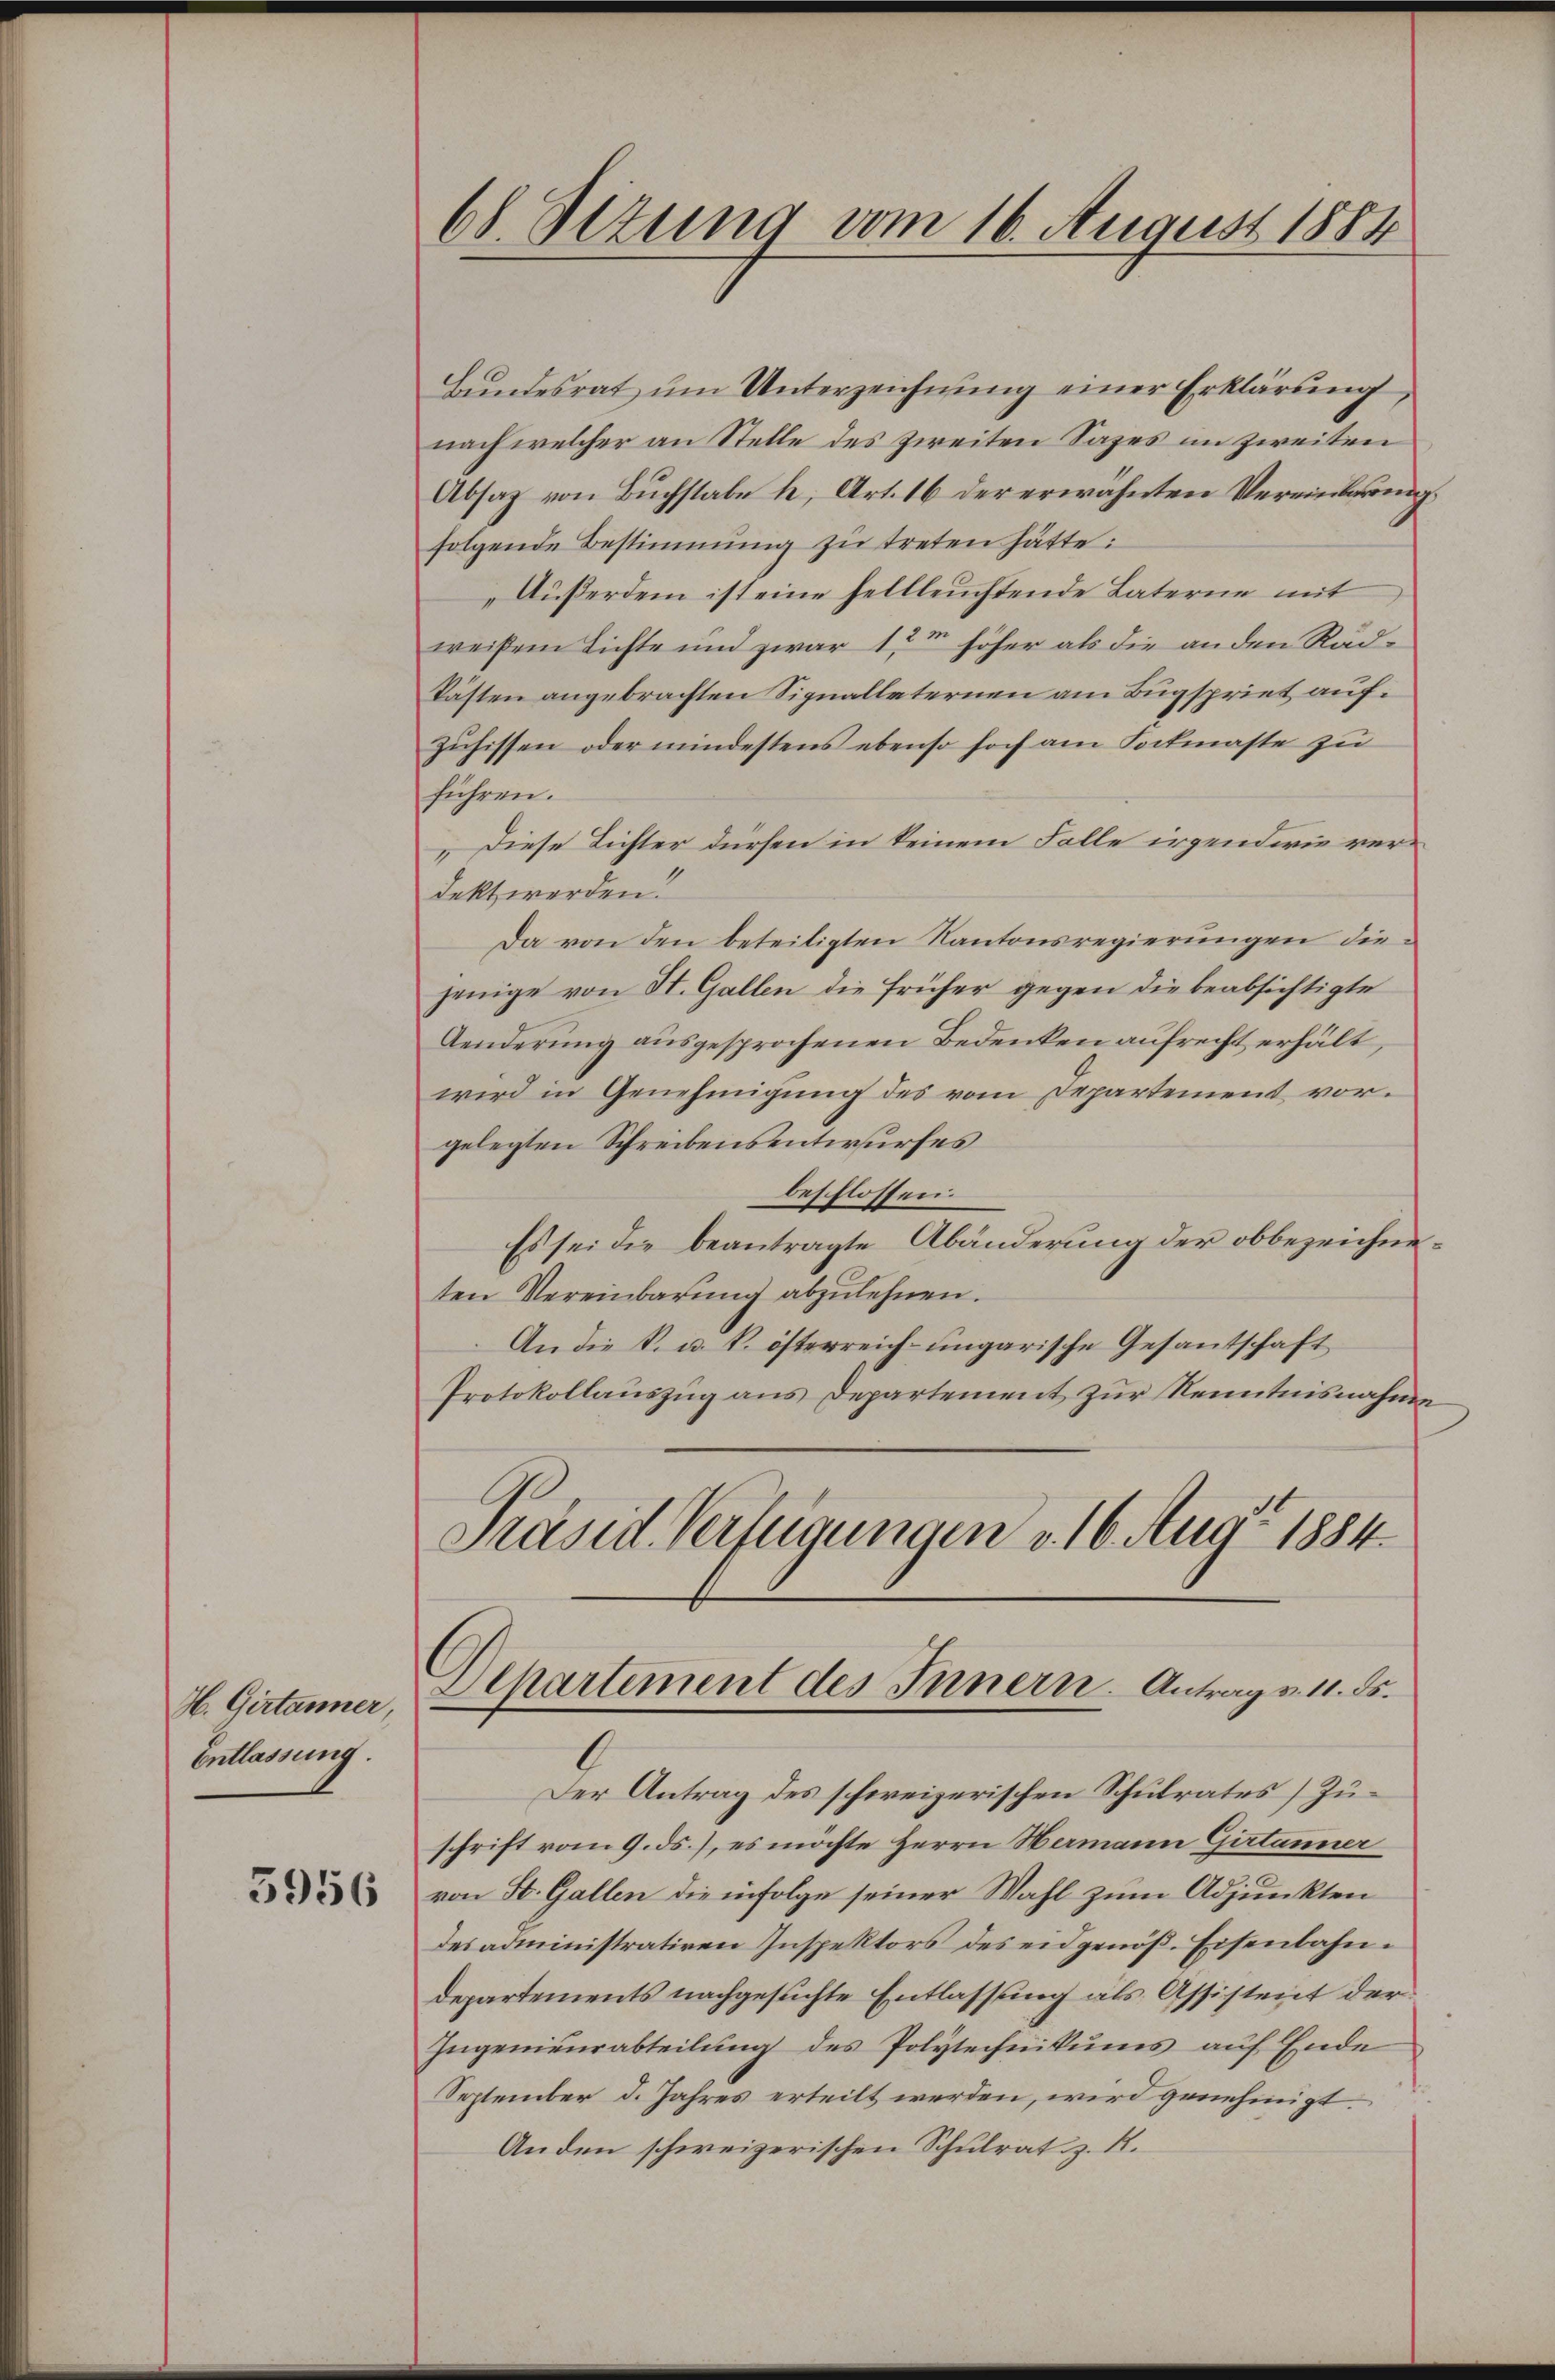
H. Girtanner,
Entlassung.

5956

68 Stzung vom 16. August 1884

Bundesrat ŭm Unterzeichnung einer Erklärung
nach welcher an Stelle des zweiten Sages im zweiten
Absaz von Buchstabe h. Art. 16 der erwähnten Vereinbarung,
folgende Bestimmung zŭ treten hätte:
„Außerdem ist eine hellleuchtende Laterne mit
weißem Lichte und zwar 12m höher als die an den Rädkästen angebrachten Signallaternen am Bugspriet aufzŭhissen oder mindestens ebenso hoch am Sockmasse zu
führen.
„Diese Lichter dürfen in keinem Falle irgendwie verdekt werden.
Da von den beteiligten Kantonsregierungen diejenige von St. Gallen die früher gegen die beabsichtigte
Aenderung ausgesprochenen Bedenken aufrecht erhält,
wird in Genehmigung des vom Departement vorgelegten Schreibensentwurfes
beschlossen.
Es sei die beantragte Abänderung der obbezeichneten Vereinbarŭng abzulehnen.
An die k. u. k. österreich-ungarische Gesandtschaft
Protokollaŭszŭg ans Departement zŭr Kenntnisnahme
Präsid. Verfügungen v. 16. Aug. 1884.

Departement des Innern. Antrag v. 11. ds.

Der Antrag des schweizerischen Schulrates Zuschrift vom 9. ds., es möchte Herrn Hermann Girtanner
von St. Gallen die infolge seiner Wahl zum Adjunkten
des administrativen Inspektors des eidgenöß. Eisenbahndepartements nachgesuchte Entlassung als Assistent der
Ingenieurabteilung des Polytechnikums auf Ende
September d. Jahres erteilt werden, wird genehmigt.
Anden schweizerischen Schulrat z. R.